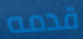
قدمه